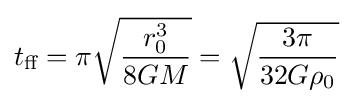
t_{\text{ff}}=\pi {\sqrt {\frac {r_{0}^{3}}{8GM}}}={\sqrt {\frac {3\pi }{32G\rho _{0}}}}~